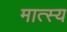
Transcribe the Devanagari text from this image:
मात्स्य